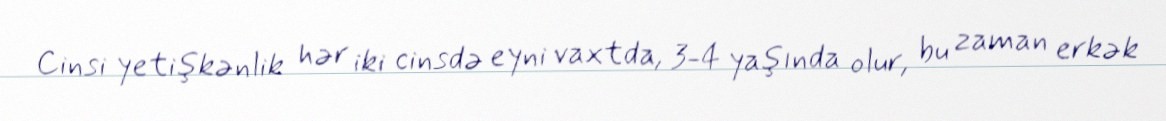
Cinsi yetişkənlik hər iki cinsdə eyni vaxtda, 3-4 yaşında olur, bu zaman erkək